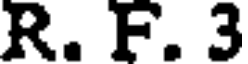
R. F. 3